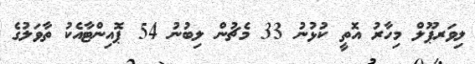
ލިވަރޕޫލް މިހާރު އޮތީ ކުޅުނު 33 މެޗުން ލިބުނު 54 ޕޮއިންޓާއެކު ތާވަލުގެ